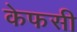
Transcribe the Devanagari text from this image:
केफसी